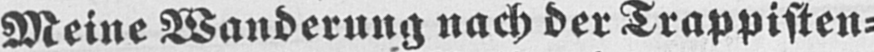
Meine Wanderung nach der Trappisten⸗